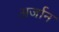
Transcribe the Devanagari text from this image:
अर्जान